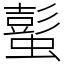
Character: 蟚